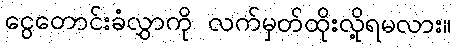
ငွေတောင်းခံလွှာကို လက်မှတ်ထိုးလို့ရမလား။